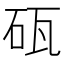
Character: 砙